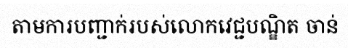
តាមការបញ្ជាក់របស់លោកវេជ្ជបណ្ឌិត ចាន់